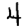
Digit: 4